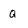
Character: q